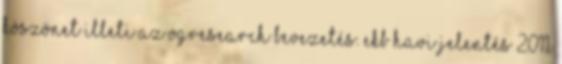
köszönet illeti az OGResearch BEVEZETÉS. EKB Havi jelentés 2011.